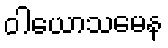
ဝါယောသမေန